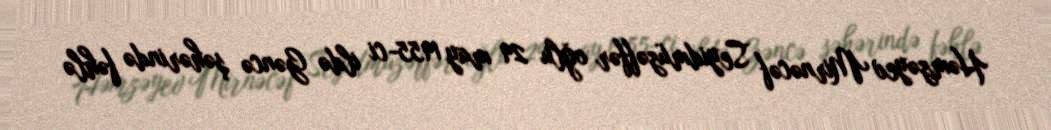
Həmzəyev Mirnəcəf Seyidmüzəffər oğlu 29 may 1955-ci ildə Gəncə şəhərində fəhlə